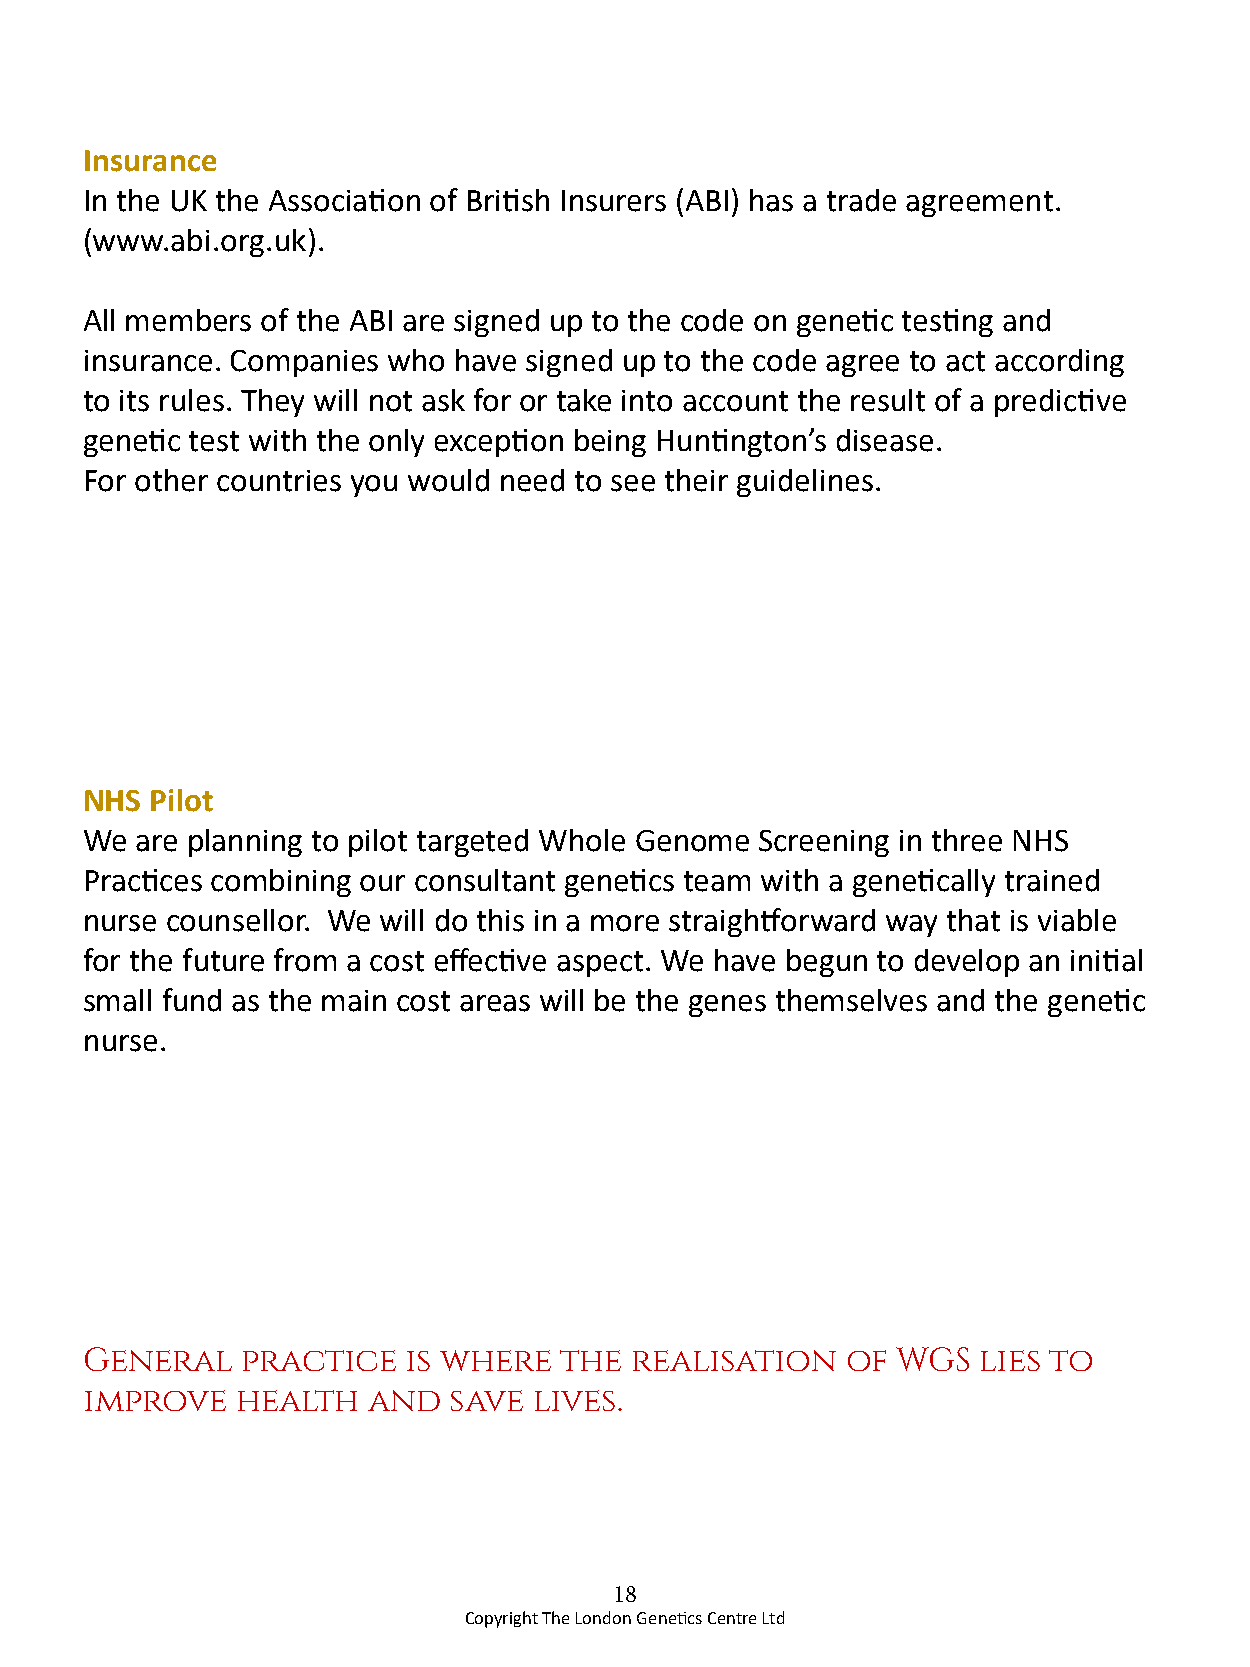
Insurance
 In the UK the Association of British Insurers (ABI) has a trade agreement.
 (www.abi.org.uk).
 All members of the ABI are signed up to the code on genetic testing and
 insurance. Companies who have signed up to the code agree to act according
 to its rules. They will not ask for or take into account the result of a predictive
 genetic test with the only exception being Huntington’s disease.
 For other countries you would need to see their guidelines.
 NHS Pilot
 We are planning to pilot targeted Whole Genome Screening in three NHS
 Practices combining our consultant genetics team with a genetically trained
 nurse counsellor. We will do this in a more straightforward way that is viable
 for the future from a cost effective aspect. We have begun to develop an initial
 small fund as the main cost areas will be the genes themselves and the genetic
 nurse.
 General   practice   is where  the  realisation   of WGS   lies to
 improve   health  and   save lives.
 18
 Copyright The London Genetics Centre Ltd